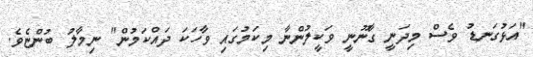
"އަޅުގަނޑު ވެސް މިދަނީ ގާނޫނީ ވަކީލުންނާ މިކަމުގައި ވާހަކަ ދައްކަމުން" ނިމާލު ބުންޏެވެ.